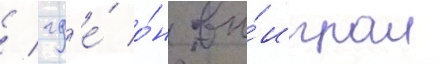
/ гд'е́ о́н вы́играл